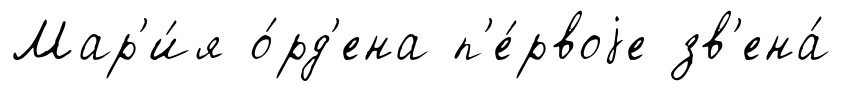
Мар'и́я о́рд'ена п'е́рвоjе зв'ена́